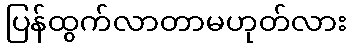
ပြန်ထွက်လာတာမဟုတ်လား